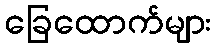
ခြေထောက်များ